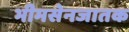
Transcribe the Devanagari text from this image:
भीमसेनजातक